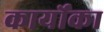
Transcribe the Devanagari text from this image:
कार्योंका